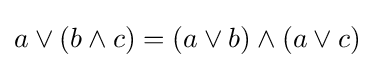
a\vee (b\wedge c)=(a\vee b)\wedge (a\vee c)